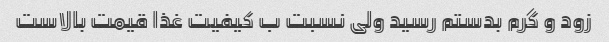
زود و گرم بدستم رسید ولی نسبت ب کیفیت غذا قیمت بالاست